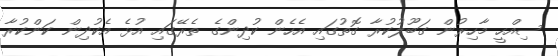
ސިއްހީ މާހިރުން ގަބޫލުކުރާ ގޮތުގައި އެހެން ކުދިންގެ ތެރޭގައި އުޅެ އެކުދިން ކަންކުރާ